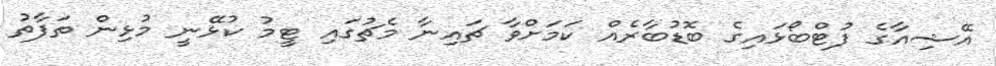
އޭޝިއާގެ ފުޓްބޯޅައިގެ ބޮޑުބާރެއް ކަމަށްވާ ޗައިނާ މެޗުގައި ޓީމު ކުޅޭނީ މުޅިން ތަފާތު